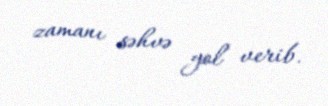
zamanı səhvə yol verib.